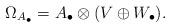
LaTeX: \begin{align*}\Omega_{A_{\bullet}}=A_{\bullet} \otimes (V \oplus W_{\bullet}).\end{align*}